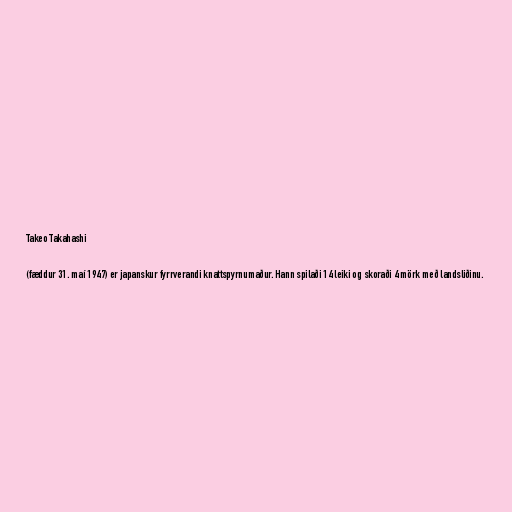
Takeo Takahashi

(fæddur 31. maí 1947) er japanskur fyrrverandi knattspyrnumaður. Hann spilaði 14 leiki og skoraði 4 mörk með landsliðinu.